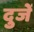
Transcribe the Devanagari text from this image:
दुजें